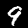
Digit: 9